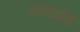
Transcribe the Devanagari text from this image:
उदरप्रदेश